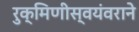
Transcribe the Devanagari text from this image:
रुक्मिणीस्वयंवराने